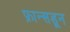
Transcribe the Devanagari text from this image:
फ्रान्सडून